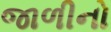
જાળીનો